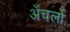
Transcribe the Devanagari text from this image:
अँचलों